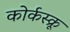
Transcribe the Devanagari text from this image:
कोर्कस्क्रू